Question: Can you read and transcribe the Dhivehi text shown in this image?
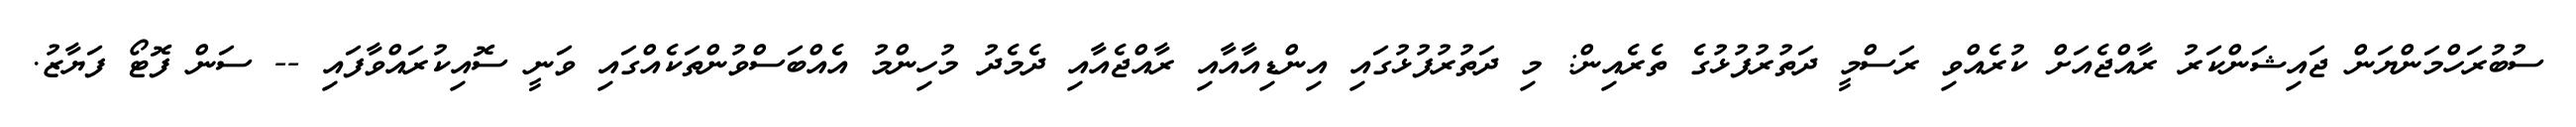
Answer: ސުބުރަހްމަންޔަން ޖައިޝަންކަރު ރާއްޖެއަށް ކުރެއްވި ރަސްމީ ދަތުރުފުޅުގެ ތެރެއިން: މި ދަތުރުފުޅުގައި އިންޑިއާއާއި ރާއްޖެއާއި ދެމެދު މުހިންމު އެއްބަސްވުންތަކެއްގައި ވަނީ ސޮއިކުރައްވާފައި -- ސަން ފޮޓޯ ފަޔާޒު.